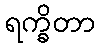
ရက္ခိတာ